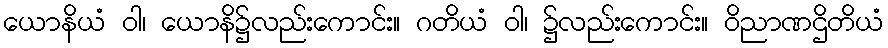
ယောနိယံ ဝါ၊ ယောနိ၌လည်းကောင်း။ ဂတိယံ ဝါ၊ ၌လည်းကောင်း။ ဝိညာဏဌိတိယံ